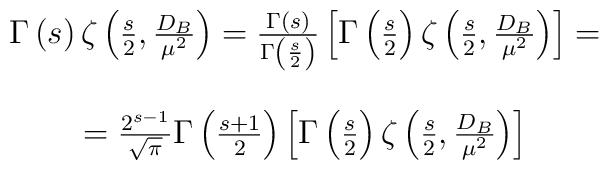
\begin{array}{c}\Gamma \left( s\right) \zeta \left( \frac s2,\frac{D_B}{\mu ^2}\right) =\frac{\Gamma \left( s\right) }{\Gamma\left(\frac s2\right) }\left[ \Gamma \left( \frac s2\right) \zeta \left(\frac s2,\frac{D_B}{\mu ^2}\right) \right] = \\  \\=\frac{2^{s-1}}{\sqrt{\pi }}\Gamma \left( \frac{s+1}2\right) \left[\Gamma\left( \frac s2\right) \zeta \left( \frac s2,\frac{D_B}{\mu^2}\right)\right]\end{array}